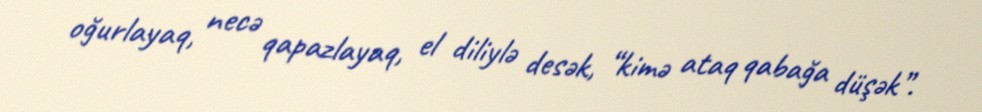
oğurlayaq, necə qapazlayaq, el diliylə desək, “kimə ataq qabağa düşək”.